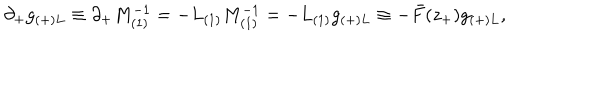
LaTeX: \partial _ { + } g _ { ( + ) L } \equiv \partial _ { + } M _ { ( 1 ) } ^ { - 1 } = - L _ { ( 1 ) } M _ { ( 1 ) } ^ { - 1 } = - L _ { ( 1 ) } g _ { ( + ) L } \equiv - \bar { F } ( z _ { + } ) g _ { ( + ) L } ,